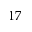
1 7